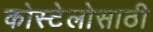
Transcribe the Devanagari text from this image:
कोस्टेलोसाठी